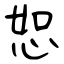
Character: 恕